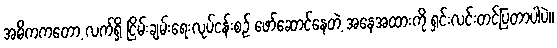
အဓိကကတော့ လက်ရှိ ငြိမ်းချမ်းရေးလုပ်ငန်းစဉ် ဖော်ဆောင်နေတဲ့ အနေအထားကို ရှင်းလင်းတင်ပြတာပါပဲ။